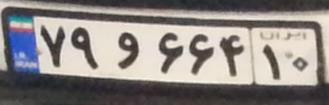
۷۹و۶۶۴۱۰